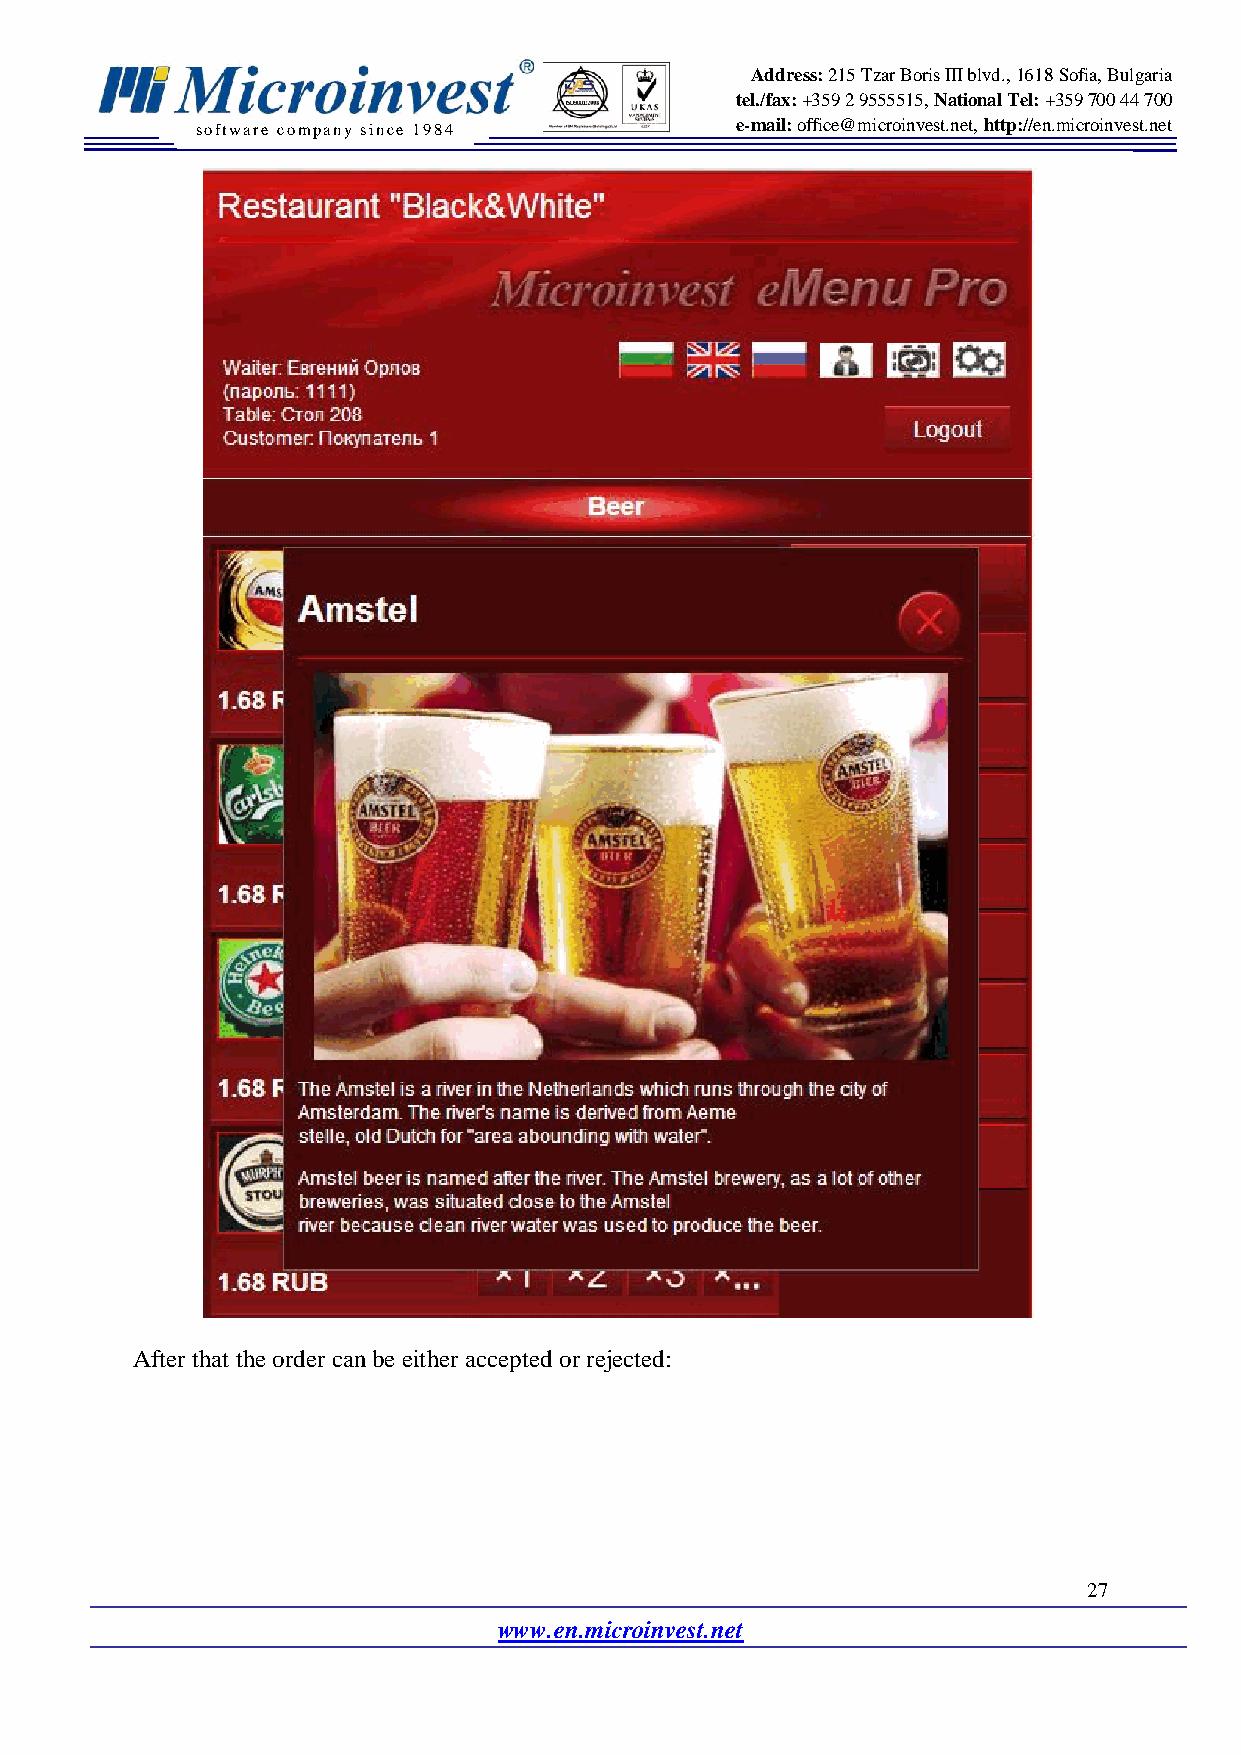
Address: 215 Tzar Boris III blvd., 1618 Sofia, Bulgaria
 tel./fax: +359 2 9555515, National Tel: +359 700 44 700
 software company since 19 84        e-mail: office@microinvest.net, http://en.microinvest.net
 After that the order can be either accepted or rejected:
 27
 www.en.microinvest.net